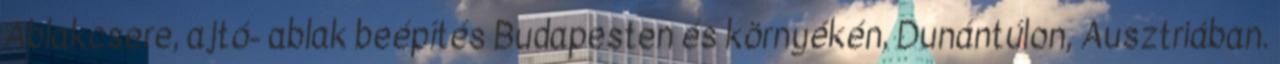
Ablakcsere, ajtó- ablak beépítés Budapesten és környékén, Dunántúlon, Ausztriában.